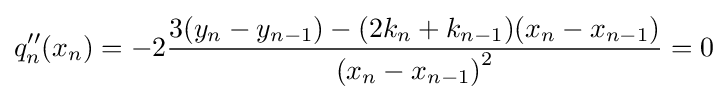
q''_{n}(x_{n})=-2{\frac {3(y_{n}-y_{n-1})-(2k_{n}+k_{n-1})(x_{n}-x_{n-1})}{{(x_{n}-x_{n-1})}^{2}}}=0